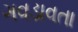
ગવડાવતા